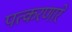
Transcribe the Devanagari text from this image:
पत्करणारे